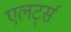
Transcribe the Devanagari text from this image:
एलर्ट्स